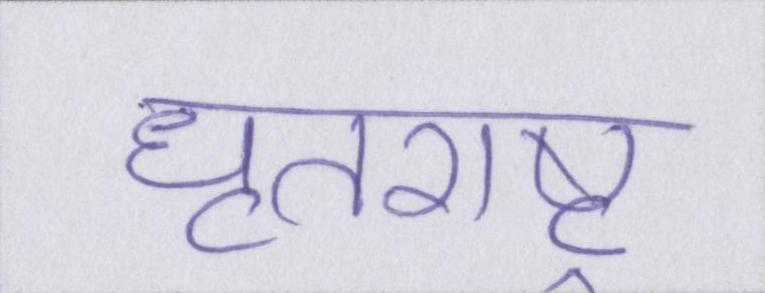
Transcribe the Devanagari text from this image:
धृतराष्ट्र